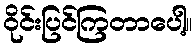
ဝိုင်းပြင်ကြတာပေါ့။